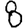
Digit: 8